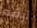
أبقه